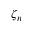
\zeta _ { n }